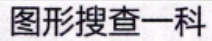
图形搜查一科